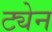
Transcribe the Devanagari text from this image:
ट्येन